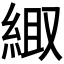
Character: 𫃦